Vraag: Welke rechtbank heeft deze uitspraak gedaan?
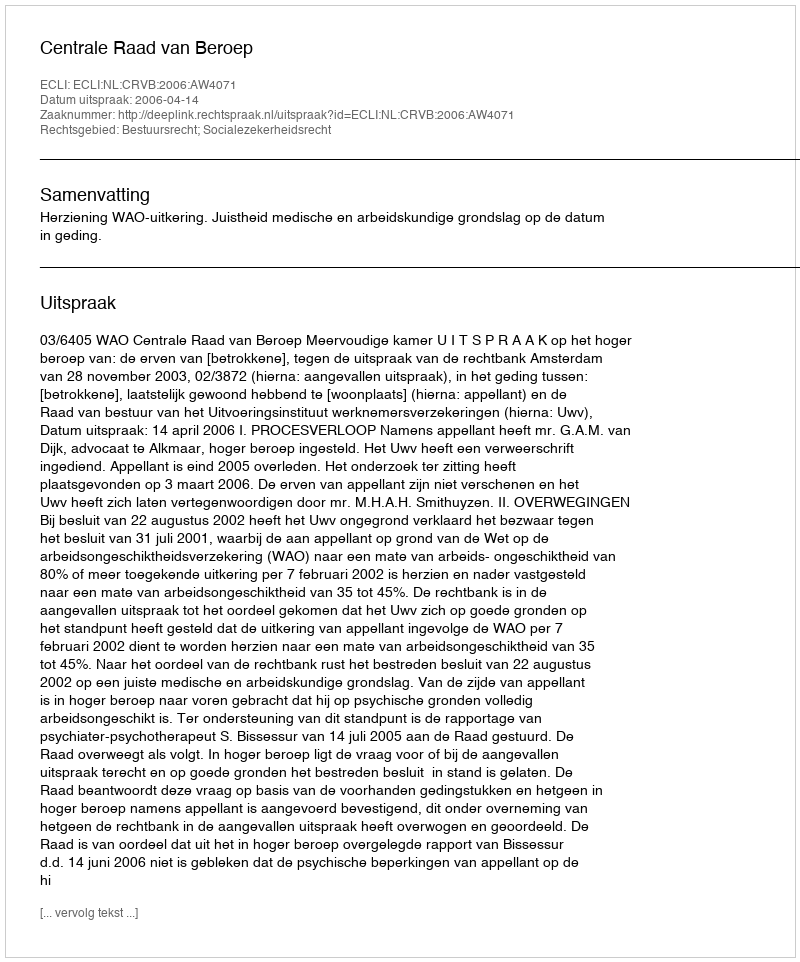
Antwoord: Centrale Raad van Beroep